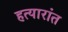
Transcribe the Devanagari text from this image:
हत्यारांत